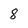
Character: 8